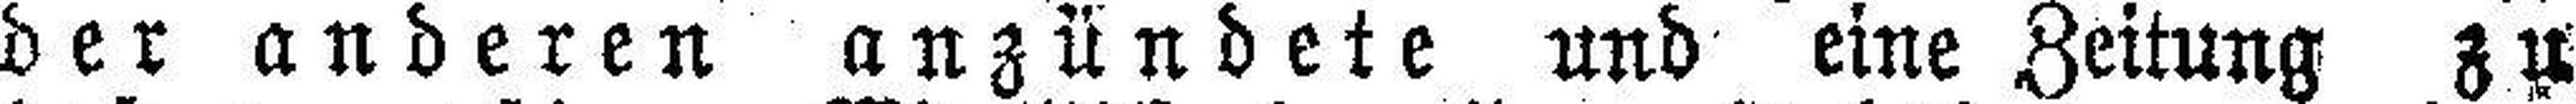
der anderen anzündete und eine Zeitung zu